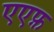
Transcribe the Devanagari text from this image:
एएफ़